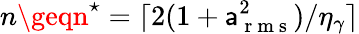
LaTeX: n\geqn^{\star}=\lceil2(1+\mathsf{a}_{\mathrm{{~r~m~s~}}}^{2})/\eta_{\gamma}\rceil